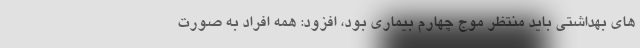
های بهداشتی باید منتظر موج چهارم بیماری بود، افزود: همه افراد به صورت